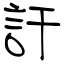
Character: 訐